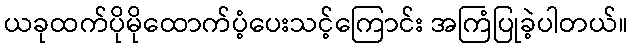
ယခုထက်ပိုမိုထောက်ပံ့ပေးသင့်ကြောင်း အကြံပြုခဲ့ပါတယ်။